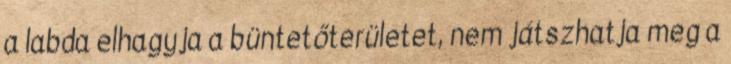
a labda elhagyja a büntetőterületet, nem játszhatja meg a